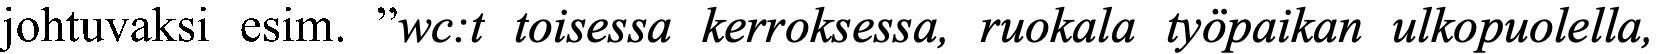
johtuvaksi esim. ”wc:t toisessa kerroksessa, ruokala työpaikan ulkopuolella,